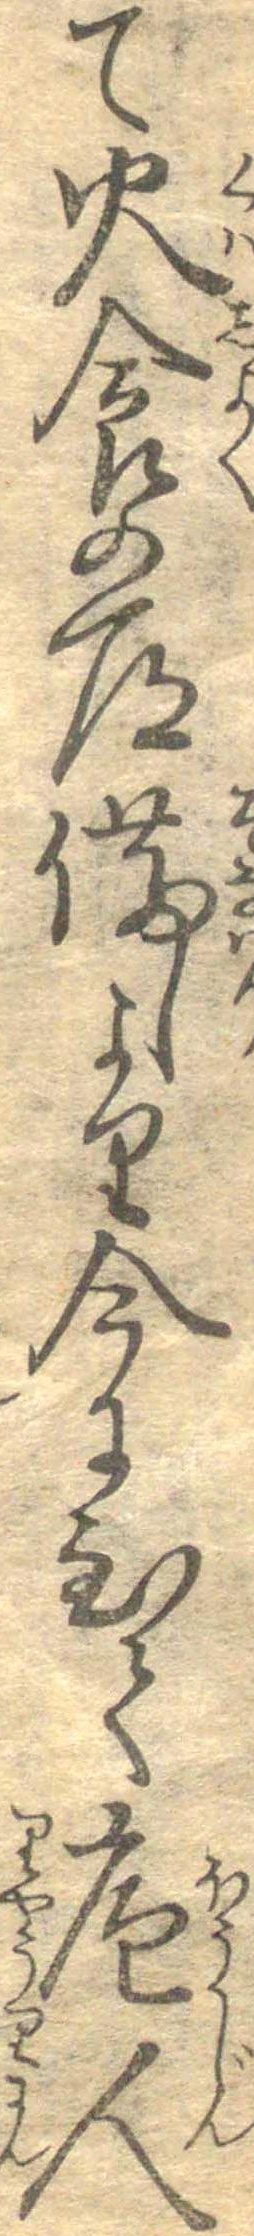
て火食の道備しより今に至て庖人